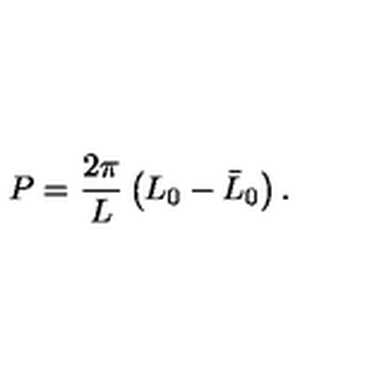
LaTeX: P = \displaystyle \frac { 2 \pi } { L } \left( L _ { 0 } - \bar { L } _ { 0 } \right) .